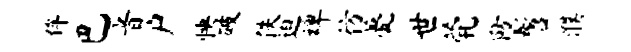
侔巴音户怏破佚迫裨彷甍世茕防髫濮